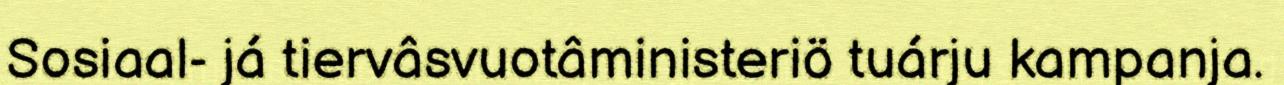
Sosiaal- já tiervâsvuotâministeriö tuárju kampanja.